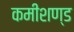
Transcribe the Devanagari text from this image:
कमीशण्ड